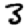
Digit: 3